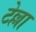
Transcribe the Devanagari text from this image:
टेल्ला